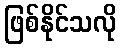
ဖြစ်နိုင်သလို